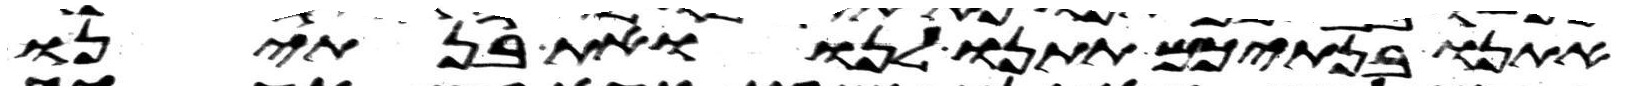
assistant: אתנו בנתיכם תתנו לנו ואת בנתינו